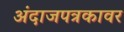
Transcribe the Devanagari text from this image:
अंदाजपत्रकावर